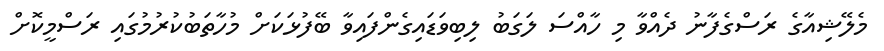
މެލޭޝިއާގެ ރަސްގެފާނު ދެއްވާ މި ހާއްސަ ލަގަބު ލިބިވަޑައިގެންފައިވާ ބޭފުޅަކަށް މުހާތަބުކުރުމުގައި ރަސްމީކޮށް